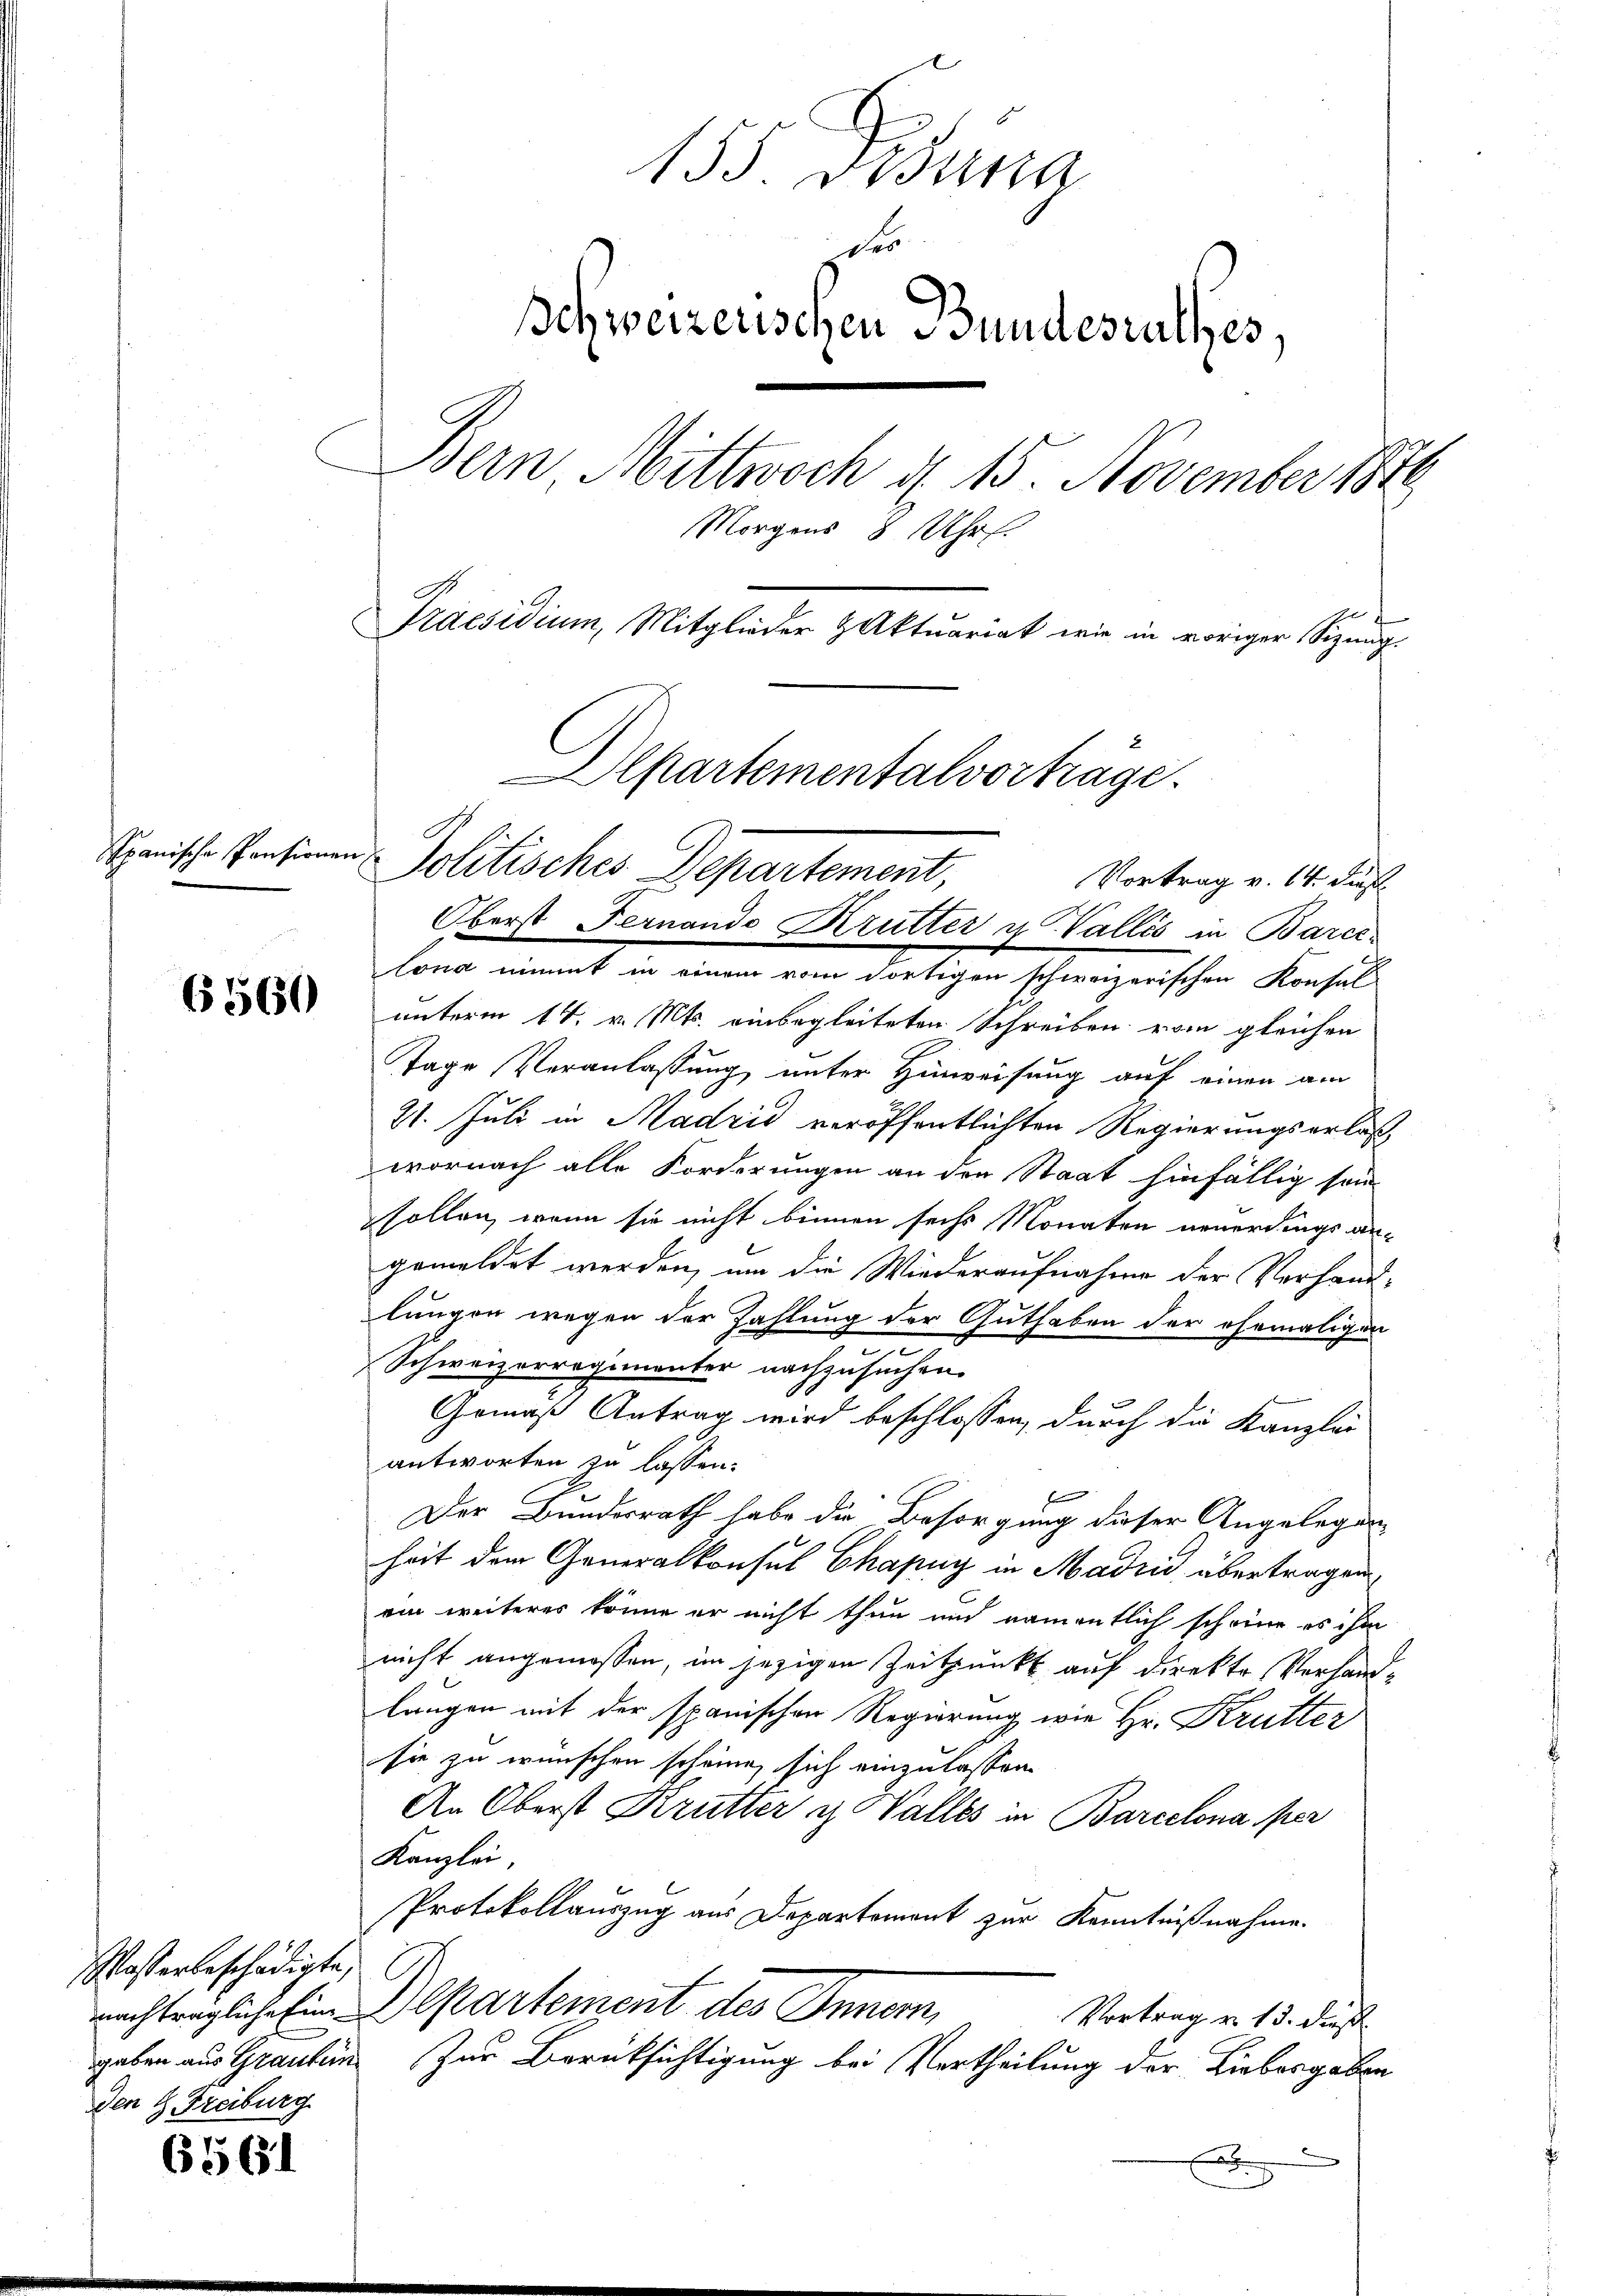
Hanische Personen

6560

Wasserbeschädigte,
Den 9. Freiburg

656

155. Desina
des
Schweizerischen Bundesrathes,
Bern Mittwoch d. 15. November 1870
Morgens 8 Uhr.
Praesidium, Mitglieder Aktuariat wie in voriger Sizung.
Departementalvorträge.

Vortrag v. 14. Fuß
Oberst Fernando Krutter u Vallis in Barcelona nimmt in einem vom dortigen schweizerischen Konsul
unterm 14. v. Mts. einbegleiteten Schreiben vom gleichen
Tage Veranlassung unter Hinweisung auf einen am
21. Juli in Madrid veröffentlichten Regierungserlaß
wornach alle Forderungen an den Staat hinfällig sein
sollen, wenn sie nicht binnen sechs Monaten neuerdings an-
gemeldet werden, um die Wiederaufnahme der Verhand-
lungen wegen der Zahlung der Guthaben der ehemaligen
Schweizerregimenter nachzusuchen.
Gemäß Antrag wird beschlossen, durch die Kanzlei
antworten zu lassen.
f
Der Bundesrath habe die Besorgung dieser Angelegenheit dem Generalkonsul Chapuy in Madrid übertragen,
ein weiteres könne er nicht thun und namentlich scheine es ihm
nicht angemessen, im jezigen Zeitpunkt auf direkte Verhandlangen mit der spanischen Regierung wie Hr. Krutter
sie zu wünschen scheine, sich einzulassen.
An Oberst Krutter u. Valles in Barcelona per
Kanzlei,
Protokollauszug aus Departement zur Kenntnißnahme.
nachträgliche Ein Departement des Innern,
Vortrag v. 13. dieß.
gaben aus Grauben zur Berücksichtigung bei Vertheilung der Liebesgaben
x

Politisches Departement,